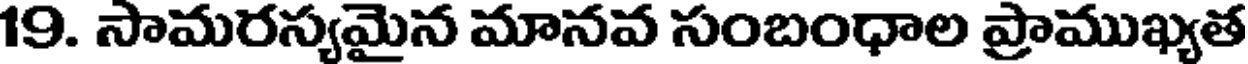
19. సామరస్యమైన మానవ సంబంధాల ప్రాముఖ్యత